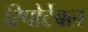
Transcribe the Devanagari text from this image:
रिपोर्टेबल